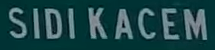
SIDI KACEM